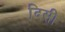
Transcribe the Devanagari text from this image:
दिसी